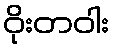
ဝိုးတဝါး